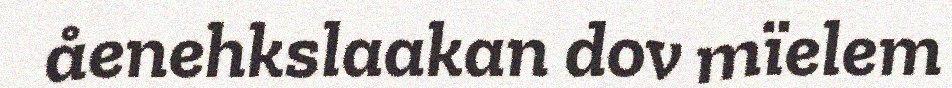
åenehkslaakan dov mïelem